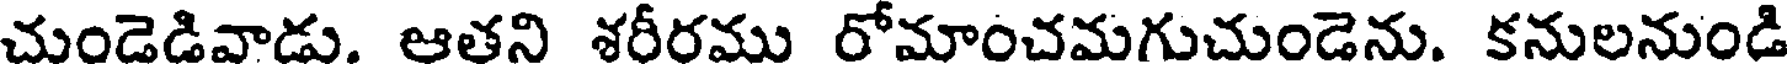
చుండెడివాడు. ఆతని శరీరము రోమాంచమగుచుండెను. కనులనుండి